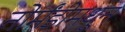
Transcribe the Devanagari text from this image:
नोर्मंडीमधून